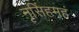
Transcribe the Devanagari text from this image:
नृसिंहमहं